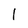
Character: l